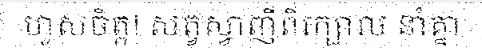
ហួសចិត្ត! សត្វស្វាញីពីរក្បាល នាំគ្នា